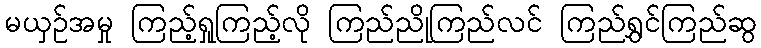
မယှဉ်အမှု ကြည့်ရှုကြည့်လို ကြည်ညိုကြည်လင် ကြည်ရွှင်ကြည်ဆွ